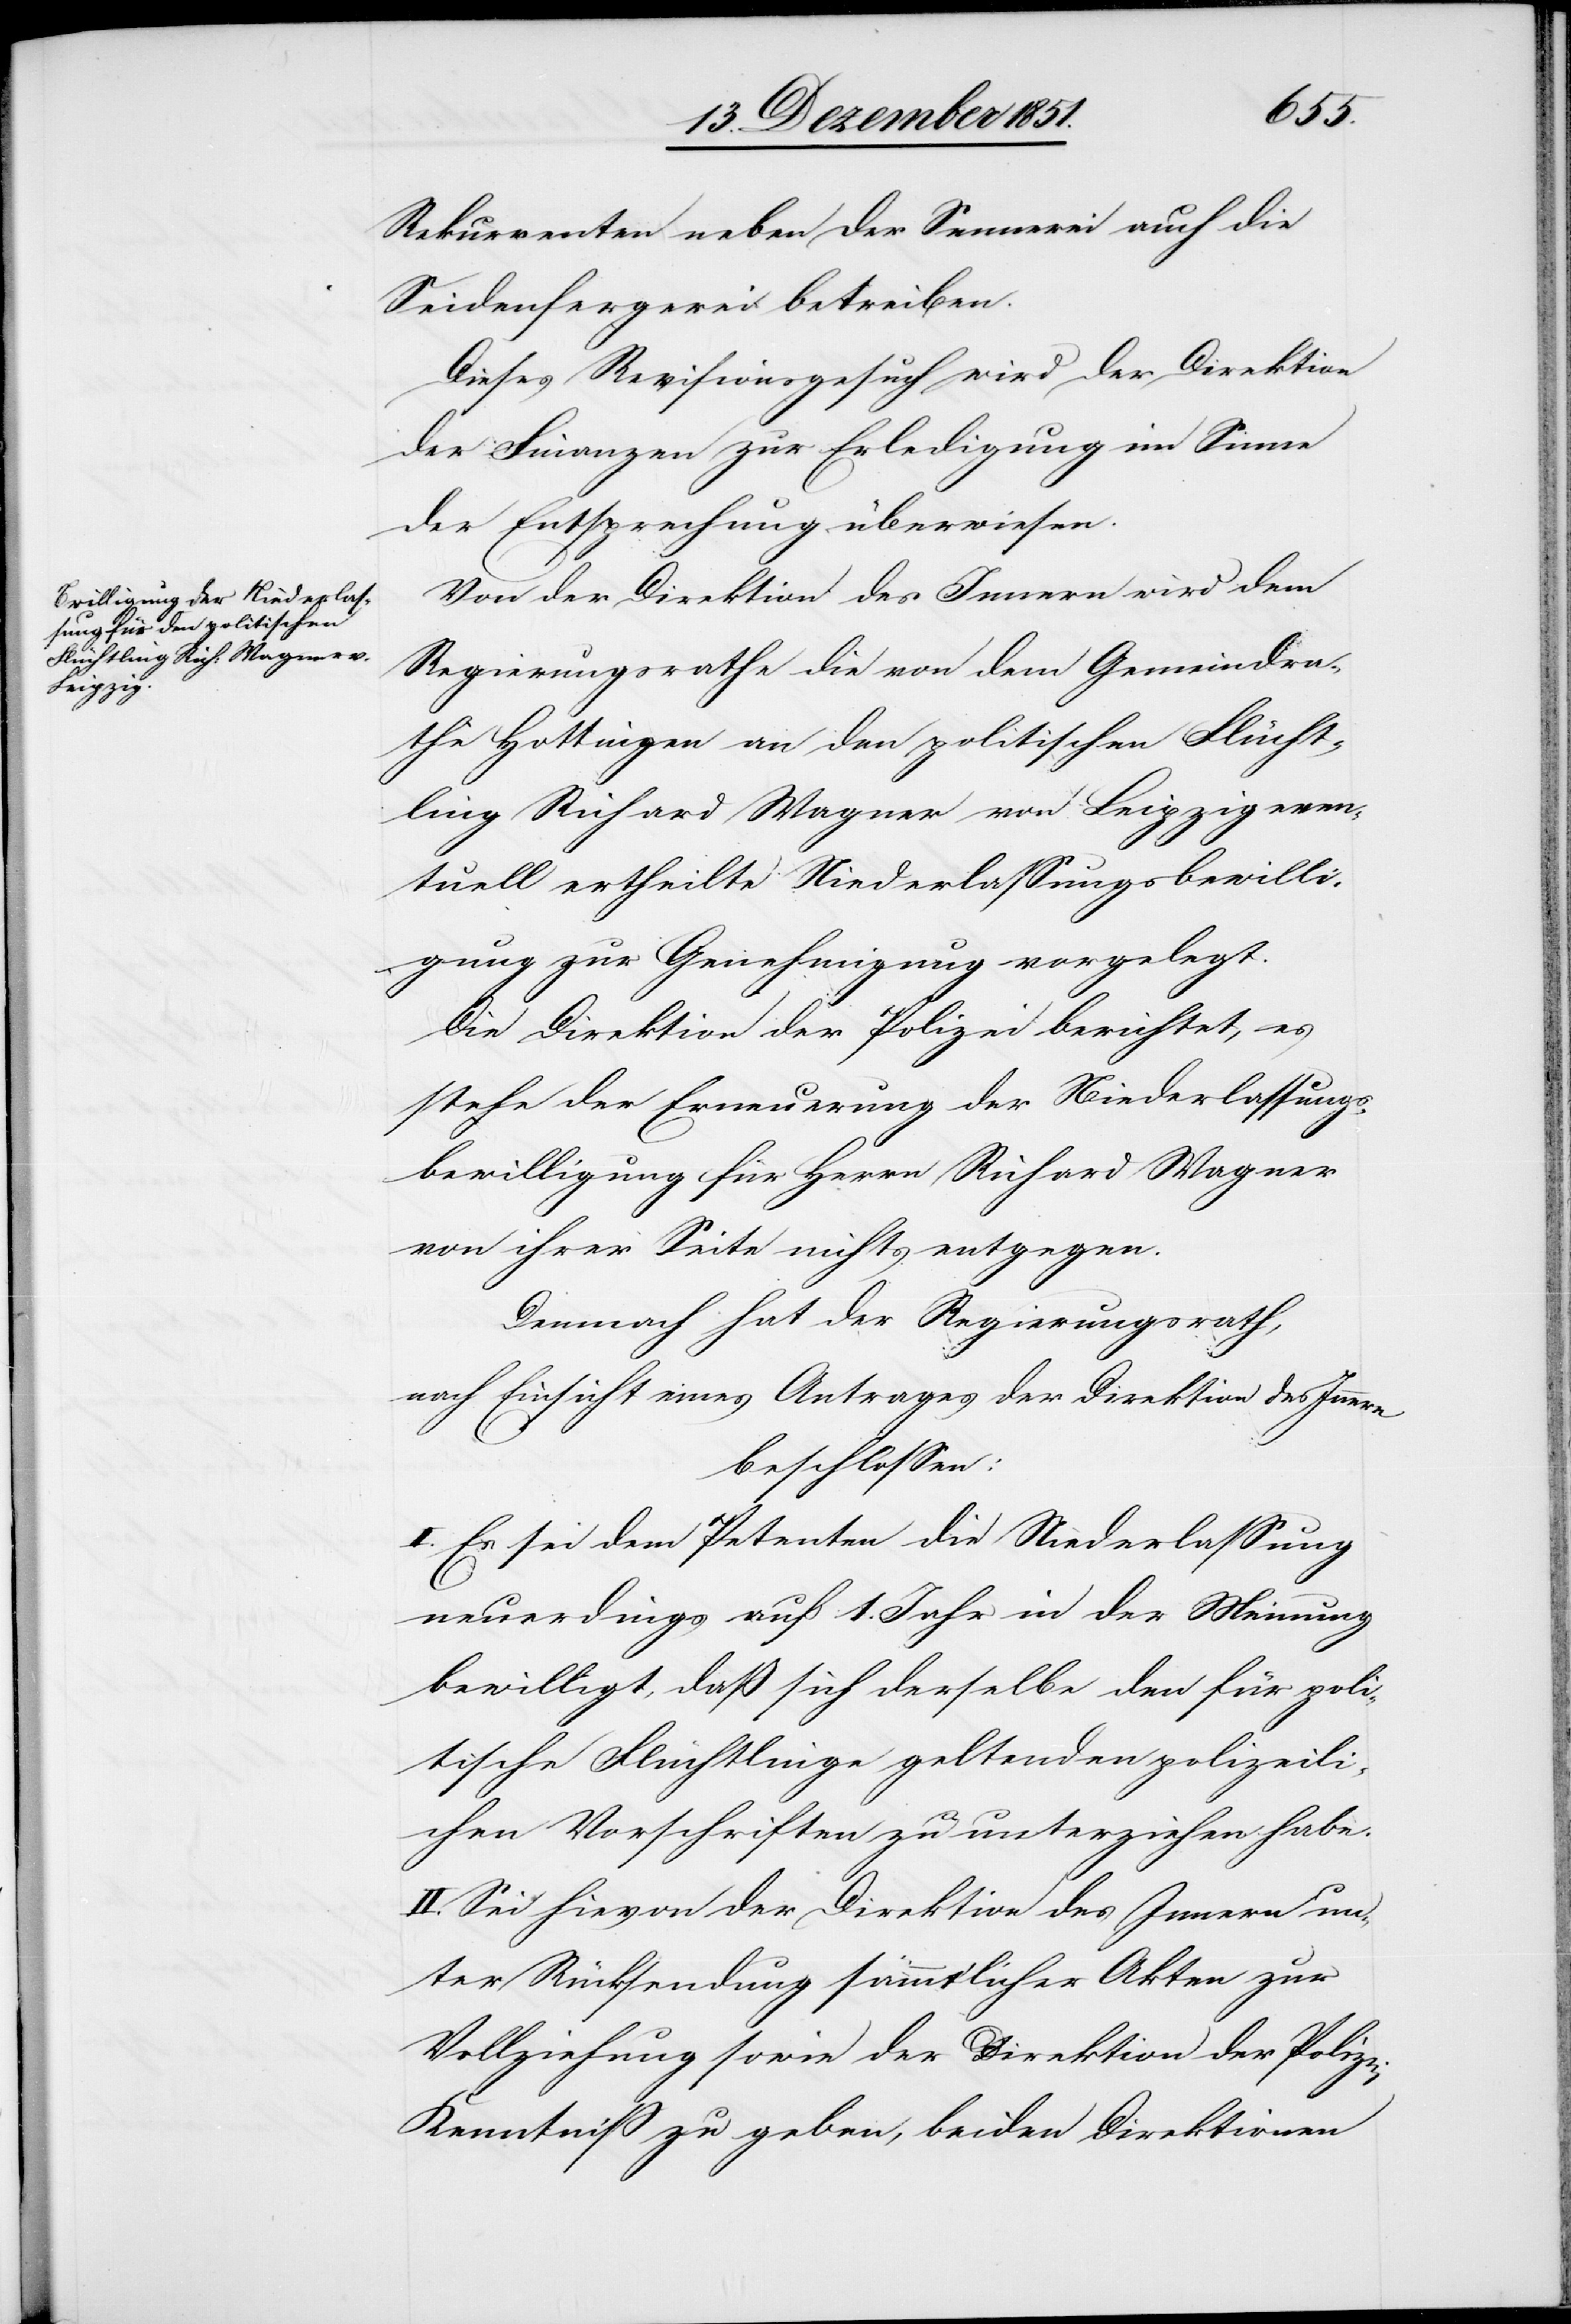
Rekurrenten neben der Sennerei auch die
Seidenfergerei betreiben.
Dieses Revisionsgesuch wird der Direktion
der Finanzen zur Erledigung im Sinne
der Entsprechung überwiesen.
Von der Direktion des Innern wird dem
Regierungsrathe die von dem Gemeindra¬
the Hottingen an den politischen Flücht¬
ling Richard Wagner von Leipzig even¬
tuell ertheilte Niederlassungsbewilli¬
gung zur Genehmigung vorgelegt.
Die Direktion der Polizei berichtet, es
stehe der Erneuerung der Niederlassungs¬
bewilligung für Herrn Richard Wagner
von ihrer Seite nichts entgegen.
Demnach hat der Regierungsrath,
nach Einsicht eines Antrages der Direktion des Innern
beschlossen:
I. Es sei dem Petenten die Niederlassung
neuerdings auf 1. Jahr in der Meinung
bewilligt, daß sich derselbe den für poli¬
tische Flüchtlinge geltenden polizeili¬
chen Vorschriften zu unterziehen habe.
II. Sei hievon der Direktion des Innern un¬
ter Rücksendung sämmtlicher Akten zur
Vollziehung sowie der Direktion der Polizei
Kenntniß zu geben, beiden Direktionen